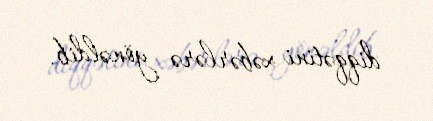
diqqətini xəbərlərə yönəldib.